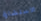
الاستشارة